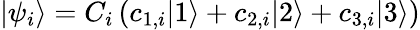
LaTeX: |\psi_{i}\rangle=C_{i}\left(c_{1,i}|1\rangle+c_{2,i}|2\rangle+c_{3,i}|3\rangle\right)